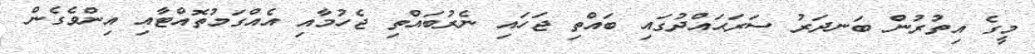
މީގެ އިތުރުން ބަނދަރު ސަރަޙައްދުގައި ބައްތި ޖަހައި ނެރުބައްތި ޖެހުމާއި އެއްގަމުތޮއްޓާއި އިންވެގެން